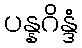
ပန္နဂိန္ဒံ